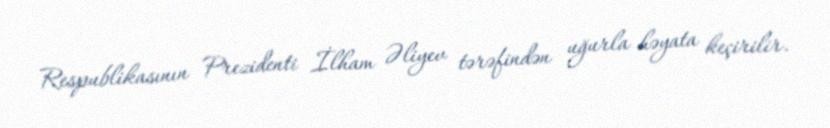
Respublikasının Prezidenti İlham Əliyev tərəfindən uğurla həyata keçirilir.